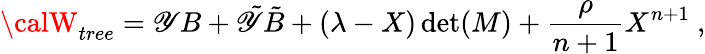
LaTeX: {\calW}_{tree}=\mathscr{Y}B+{\tilde{{\mathscr{Y}}}}{\tilde{{B}}}+(\lambda-X)\operatorname*{det}(M)+{\frac{{\rho}}{{n+1}}}X^{n+1}~,